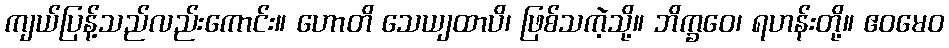
ကျယ်ပြန့်သည်လည်းကောင်း။ ဟောတိ သေယျထာပိ၊ ဖြစ်သကဲ့သို့။ ဘိက္ခဝေ၊ ရဟန်းတို့။ ဧဝမေဝ